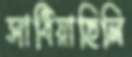
সাধিয়াছিলি